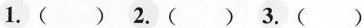
1.()2.()3.()